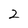
Character: 2